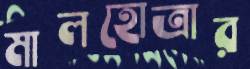
মালহোত্রার